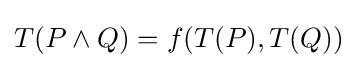
T(P\land Q)=f(T(P),T(Q))